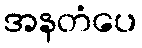
အနတံပေ